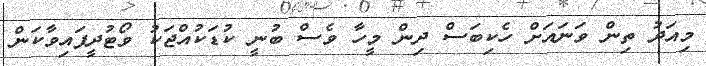
މިއަދު ތިން ވަނައަށް ހެކިބަސް ދިން މީހާ ވެސް ބުނީ ކުޑަކުއްޖަކު ވޯޓުދީފައިވާކަން